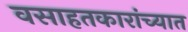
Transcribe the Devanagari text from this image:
वसाहतकारांच्यात